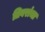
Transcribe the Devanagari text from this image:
तिवरांचा